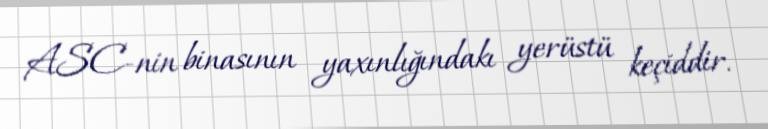
ASC-nin binasının yaxınlığındakı yerüstü keçiddir.